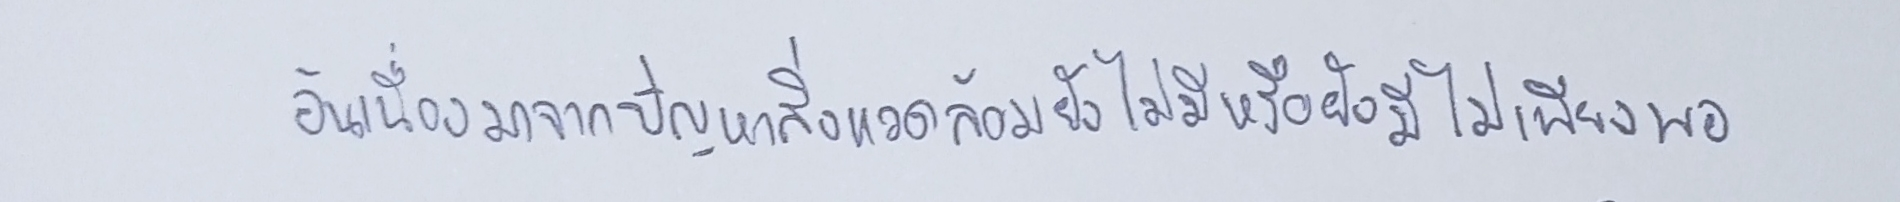
อันเนื่องมาจากปัญหาสิ่งแวดล้อมยังไม่มีหรือยังมีไม่เพียงพอ